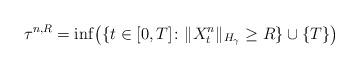
LaTeX: \begin{align*}\tau^{n,R}=\inf \!\left( \{t\in [0,T]\colon \|X_t^{n}\|_{H_\gamma}\geq R \} \cup \{T\} \right)\end{align*}